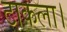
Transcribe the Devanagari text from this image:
टाकला।